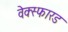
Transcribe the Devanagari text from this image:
वेक्स्फारड